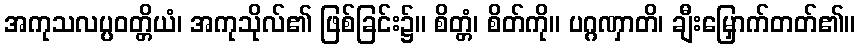
အကုသလပ္ပဝတ္တိယံ၊ အကုသိုလ်၏ ဖြစ်ခြင်း၌။ စိတ္တံ၊ စိတ်ကို။ ပဂ္ဂဏှာတိ၊ ချီးမြှောက်တတ်၏။